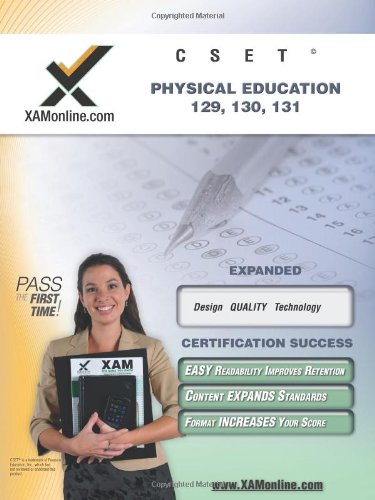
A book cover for CSET Physical Education, 129, 130, 131 Teacher Certification Test Prep Study Guide (XAM CSET); Test Preparation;